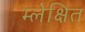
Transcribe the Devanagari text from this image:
म्लेक्षित